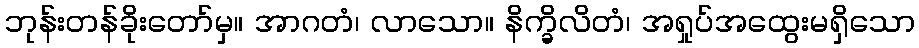
ဘုန်းတန်ခိုးတော်မှ။ အာဂတံ၊ လာသော။ နိက္ခိလိတံ၊ အရှုပ်အထွေးမရှိသော